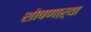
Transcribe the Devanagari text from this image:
शोषणाऱ्या